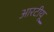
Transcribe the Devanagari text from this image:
आरटीयू